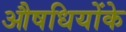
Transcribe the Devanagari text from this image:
औषधियोंके